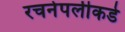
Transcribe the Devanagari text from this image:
रचनेपलीकडे